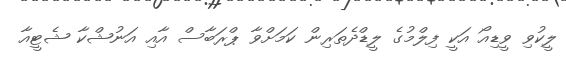
ލީކުވި ވީޑިއޯ އަކީ ފިލްމުގެ ލީޑްދެތަރިން ކަމަށްވާ ޕްރަބާސް އާއި އަނުޝްކާ ޝެޓީއާ